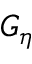
G _ { \eta }